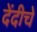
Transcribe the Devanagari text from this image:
देंदीचे